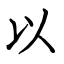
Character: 以